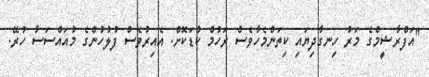
"އަފްރާޝީމްގެ މަރު ހިނގާދިޔައި ކިތަންމެހާވެސް ރަހުމް ކުޑަކޮށް. އެއިރުވެސް ފުލުހުންގެ މުއައްްސަސާ ހުރޭ.